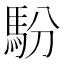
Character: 䭻